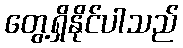
တွေ့ရှိနိုင်ပါသည်